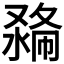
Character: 𠭽